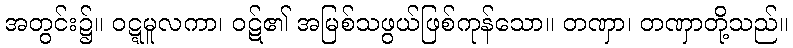
အတွင်း၌။ ဝဋ္ဋမူလကာ၊ ဝဋ်၏ အမြစ်သဖွယ်ဖြစ်ကုန်သော။ တဏှာ၊ တဏှာတို့သည်။